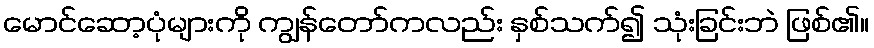
မောင်ဆော့ပုံများကို ကျွန်တော်ကလည်း နှစ်သက်၍ သုံးခြင်းဘဲ ဖြစ်၏။